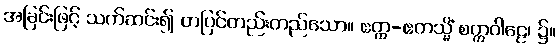
အခြင်းဖြင့် သက်ဆင်း၍ တပြင်တည်းတည်သော။ ဧတ္ထ-ဧတသ္မိံ စက္ကဝါဠေ၊ ၌။